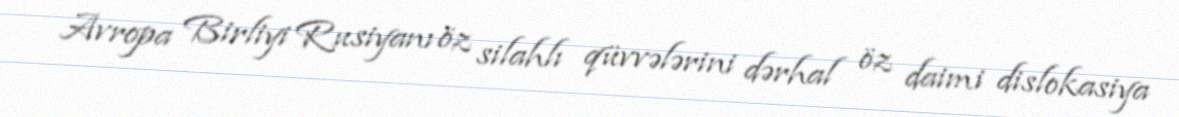
Avropa Birliyi Rusiyanı öz silahlı qüvvələrini dərhal öz daimi dislokasiya